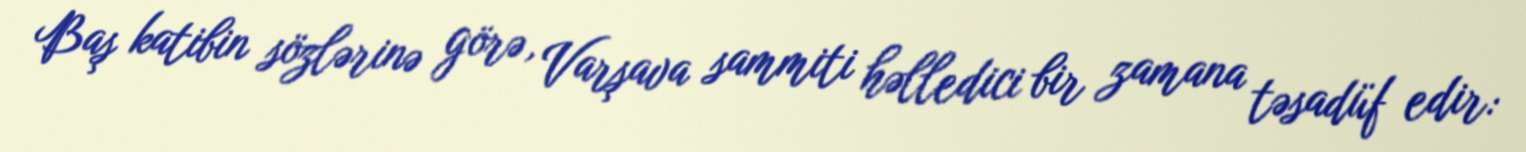
Baş katibin sözlərinə görə, Varşava sammiti həlledici bir zamana təsadüf edir: